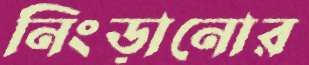
নিংড়ানোর